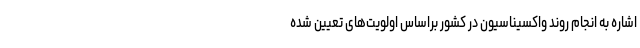
اشاره به انجام روند واکسیناسیون در کشور براساس اولویت‌های تعیین شده